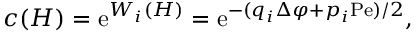
c ( H ) = \mathrm { e } ^ { W _ { i } ( H ) } = \mathrm { e } ^ { - ( q _ { i } \Delta \varphi + p _ { i } \mathrm { P e } ) / 2 } ,